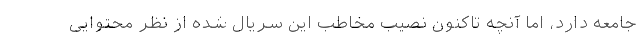
جامعه دارد، اما آنچه تاکنون نصیب مخاطب این سریال شده از نظر محتوایی